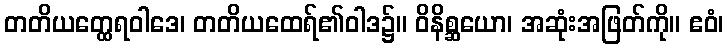
တတိယတ္ထေရဝါဒေ၊ တတိယထေရ်၏ဝါဒ၌။ ဝိနိစ္ဆယော၊ အဆုံးအဖြတ်ကို။ ဧဝံ၊